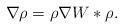
LaTeX: \begin{align*}\nabla\rho=\rho\nabla W*\rho.\end{align*}